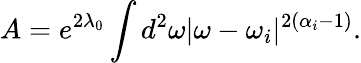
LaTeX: A=e^{2\lambda_{0}}\int d^{2}\omega|\omega-\omega_{i}|^{2(\alpha_{i}-1)}.